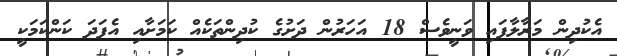
އެކުދިން މަރާލާފައި ވަނީވެސް 18 އަހަރުން ދަށުގެ ކުދިންތަކެއް ކަމަށާއި އެފަދަ ކަންކަމަކީ